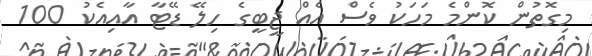
މިގޮތުން ކޮންމެ މަހަކު ވެސް އެއް ޖީބީގެ ހިލޭ ޑޭޓާ އާއިއެކު 100